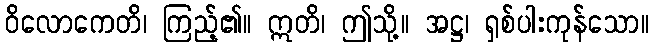
ဝိလောကေတိ၊ ကြည့်၏။ ဣတိ၊ ဤသို့။ အဋ္ဌ၊ ရှစ်ပါးကုန်သော။